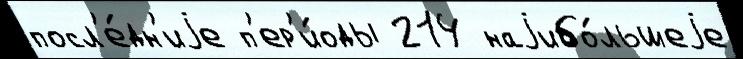
посл'е́дн'иjе п'ер'и́оды 214 наjибо́льшеjе